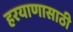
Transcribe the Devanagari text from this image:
हरयाणासाठी